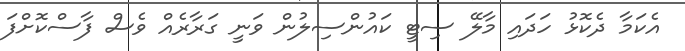
އެކަމާ ދެކޮޅު ހަދައި މާލޭ ސިޓީ ކައުންސިލުން ވަނީ ގަރާރެއް ވެސް ފާސްކޮށްފަ